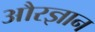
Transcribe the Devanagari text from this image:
औरज्ञान